Lunatic asylums in Bengal annual reports 1888-1898 - 1888-1898
Year: 1888
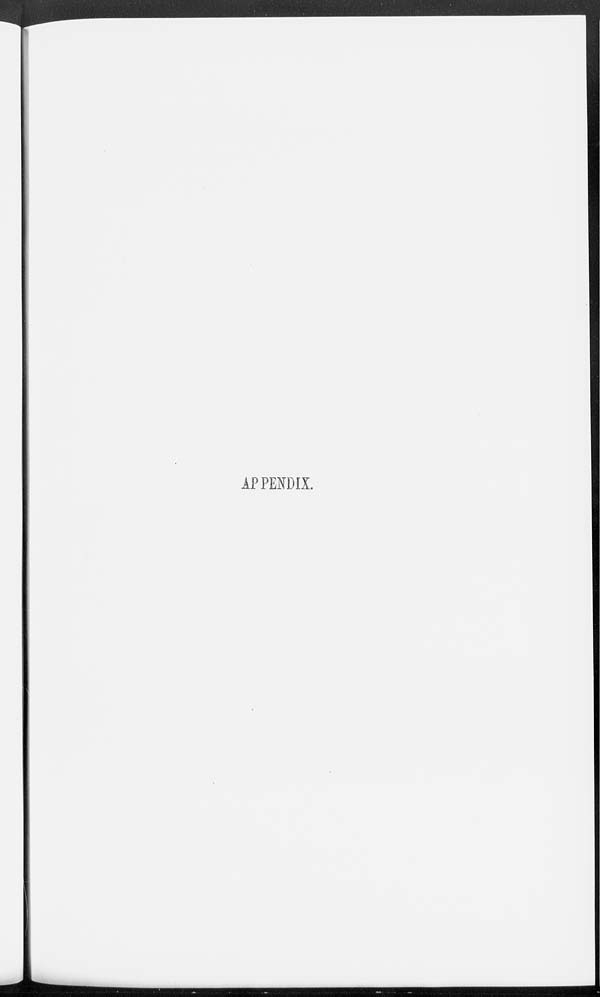
APPENDIX.